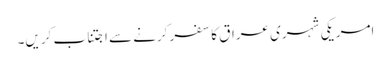
امریکی شہری عراق کا سفر کرنے سے اجتناب کریں۔